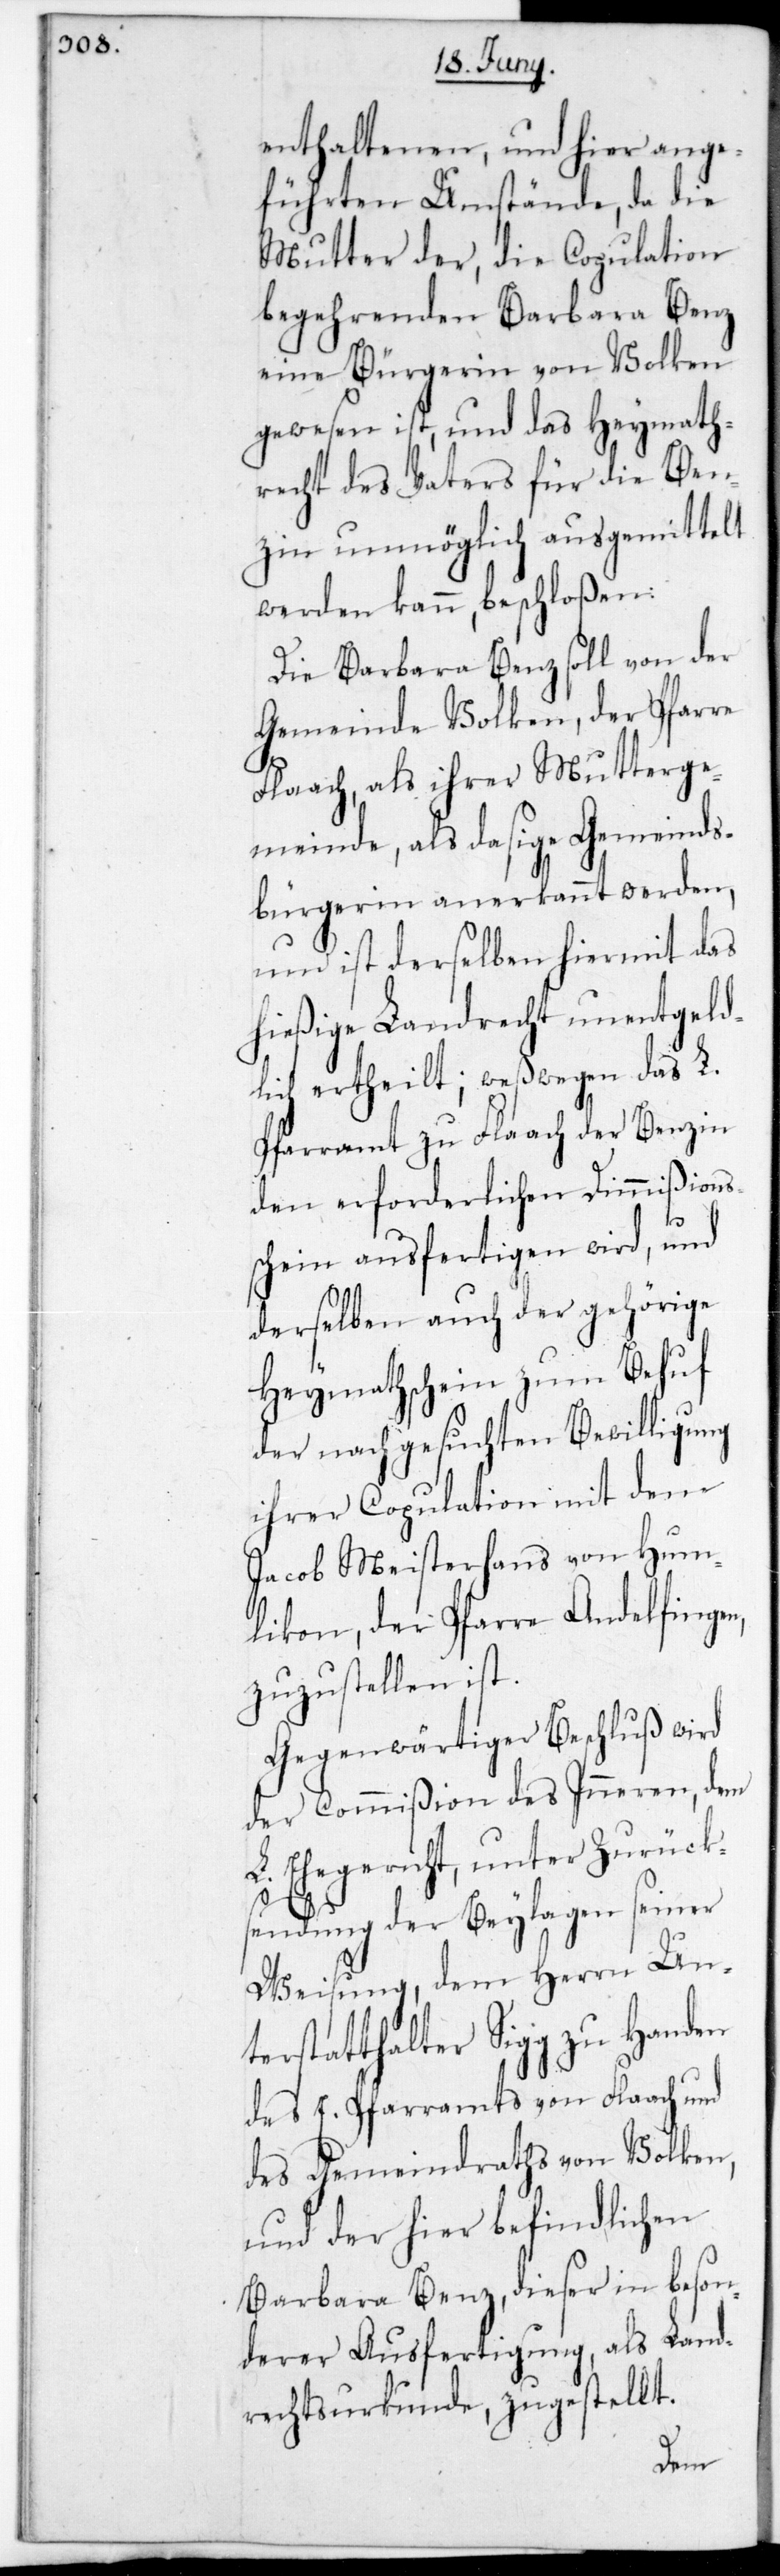
enthaltenen und hier ange¬
führten Umstände, da die
Mutter der die Copulation
begehrenden Barbara Benz
eine Bürgerin von Volken
gewesen ist, und das Heymath¬
recht des Vaters für die Ben¬
zin unmöglich ausgemittelt
werden kann, beschloßen:
Die Barbara Benz soll von der
Gemeinde Volken, der Pfarre
Flaach, als ihrer Mutterge¬
meinde, als dasige Gemeinds¬
bürgerin anerkannt werden,
und ist derselben hiermit das
hießige Landrecht unentgeld¬
lich ertheilt; weswegen das L.
Pfarramt zu Flaach der Benzin
den erforderlichen Dimmißions¬
schein ausfertigen wird, und
derselben auch der gehörige
Heymathschein zum Behuf
der nachgesuchten Bewilligung
ihrer Copulation mit dem
Jacob Meisterhans von Hum¬
likon, der Pfarre Andelfingen,
zuzustellen ist.
Gegenwärtiger Beschluß wird
der Commißion des Inneren, dem
L. Ehegericht, unter Zurücks¬
endung der Beylagen seiner
Weisung, dem Herrn Unt¬
erstatthalter Sigg zu Handen
des E. Pfarramts von Flaach und
des Gemeindraths von Volken,
und der hier befindlichen
Barbara Benz, dieser in beson¬
derer Ausfertigung als Land¬
rechtsurkunde, zugestellt.